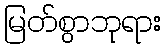
မြတ်စွာဘုရား